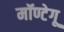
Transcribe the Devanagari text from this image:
मॉण्टेगू